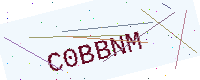
Text: C0BBNM